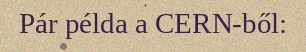
Pár példa a CERN-ből: